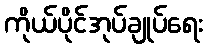
ကိုယ်ပိုင်အုပ်ချုပ်ရေး